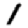
Digit: 1